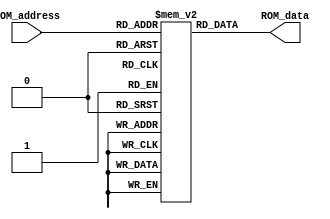
`timescale 1ns / 1ps

module ROM(ROM_address,
			  ROM_data
    );

input [7:0] ROM_address;
output [7:0] ROM_data;

reg [7:0] Cel [255:0];

	initial begin
		
	/*	Cel[0] = 8'b00000000;    //NOP
		
		Cel[1] = 8'b00000001;  //  Load AC
		
		Cel[2] = 8'b00000000;  //Address first
		Cel[3] = 8'b00000000;  // Address second
		
		Cel[4] = 8'b10010001;
		Cel[5] = 8'b00000000;
	   //Cel[5] = 8'b00000000;
		//Cel[6] = 8'b00000011;
		
//		Cel[8] = 8'b00001010;
		
	//	Cel[10] = 8'b00000111;
		//Cel[11] = 8'b0000101;	*/
		
		Cel[0] = 8'b00000000;
// Calculate Image Full Size
Cel[1] = 8'b00000001;
Cel[2] = 8'b00000000;
Cel[3] = 8'b00001101;
Cel[4] = 8'b10010001;
Cel[5] = 8'b00000100;
Cel[6] = 8'b00000001;
Cel[7] = 8'b00000000;
Cel[8] = 8'b00001110;
Cel[9] = 8'b00001101;
Cel[10] = 8'b00000010;
Cel[11] = 8'b00000000;
Cel[12] = 8'b00000000;
//Image Processing Start
Cel[13] = 8'b00000001;
Cel[14] = 8'b00000000;
Cel[15] = 8'b00000011;
Cel[16] = 8'b00000010;
Cel[17] = 8'b00000000;
Cel[18] = 8'b00000100;
Cel[19] = 8'b00000010;
Cel[20] = 8'b00000000;
Cel[21] = 8'b00000101;
Cel[22] = 8'b00000001;
Cel[23] = 8'b00000000;
Cel[24] = 8'b00001001;
Cel[25] = 8'b00000100;
Cel[26] = 8'b00000001;
Cel[27] = 8'b00000000;
Cel[28] = 8'b00000010;
Cel[29] = 8'b00000101;
Cel[30] = 8'b00000001;
Cel[31] = 8'b00000000;
Cel[32] = 8'b00000011;
Cel[33] = 8'b00001111;
Cel[34] = 8'b00001110;
Cel[35] = 8'b00000010;
Cel[36] = 8'b00000000;
Cel[37] = 8'b00000110;
Cel[38] = 8'b00000001;
Cel[39] = 8'b00000000;
Cel[40] = 8'b00000000;
Cel[41] = 8'b00000100;
Cel[42] = 8'b00000001;
Cel[43] = 8'b00000000;
Cel[44] = 8'b00000011;
Cel[45] = 8'b00001101;
Cel[46] = 8'b00000010;
Cel[47] = 8'b00000000;
Cel[48] = 8'b00000111;
Cel[49] = 8'b00000001;
Cel[50] = 8'b00000000;
Cel[51] = 8'b00000001;
Cel[52] = 8'b00000100;
Cel[53] = 8'b00000001;
Cel[54] = 8'b00000000;
Cel[55] = 8'b00000111;
Cel[56] = 8'b00001110;
Cel[57] = 8'b00001110;
Cel[58] = 8'b00000010;
Cel[59] = 8'b00000000;
Cel[60] = 8'b00001000;

//Start Of First Loop

Cel[61] = 8'b00001000;
Cel[62] = 8'b00000000;
Cel[63] = 8'b00000101;
Cel[64] = 8'b00001010;
Cel[65] = 8'b00000100;
Cel[66] = 8'b00000001;
Cel[67] = 8'b00000000;
Cel[68] = 8'b00000101;
Cel[69] = 8'b00001100;
Cel[70] = 8'b00000010;
Cel[71] = 8'b00000000;
Cel[72] = 8'b00000101;
Cel[73] = 8'b00001000;
Cel[74] = 8'b00000000;
Cel[75] = 8'b00000101;
Cel[76] = 8'b00001011;
Cel[77] = 8'b00001101;
Cel[78] = 8'b00000100;
Cel[79] = 8'b00000001;
Cel[80] = 8'b00000000;
Cel[81] = 8'b00000101;
Cel[82] = 8'b00001100;
Cel[83] = 8'b00000010;
Cel[84] = 8'b00000000;
Cel[85] = 8'b00000101;
Cel[86] = 8'b00001000;
Cel[87] = 8'b00000000;
Cel[88] = 8'b00000101;
Cel[89] = 8'b00001010;
Cel[90] = 8'b00001101;
Cel[91] = 8'b00001001;
Cel[92] = 8'b00000000;
Cel[93] = 8'b00000100;
Cel[94] = 8'b00000001;
Cel[95] = 8'b00000000;
Cel[96] = 8'b00000100;
Cel[97] = 8'b00001100;
Cel[98] = 8'b00000010;
Cel[99] = 8'b00000000;
Cel[100] = 8'b00000100;
Cel[101] = 8'b00000010;
Cel[102] = 8'b00000000;
Cel[103] = 8'b00000101;
Cel[104] = 8'b00000100;
Cel[105] = 8'b00000001;
Cel[106] = 8'b00000000;
Cel[107] = 8'b00000110;
Cel[108] = 8'b00001110;
Cel[109] = 8'b00000111;
Cel[110] = 8'b00111101;
//ROW wise
Cel[111] = 8'b00000001;
Cel[112] = 8'b00000000;
Cel[113] = 8'b00000110;
Cel[114] = 8'b00001111;
Cel[115] = 8'b00000010;
Cel[116] = 8'b00000000;
Cel[117] = 8'b00000110;
Cel[118] = 8'b00000001;
Cel[119] = 8'b00000000;
Cel[120] = 8'b00000100;
Cel[121] = 8'b00001100;
Cel[122] = 8'b00001100;
Cel[123] = 8'b00000010;
Cel[124] = 8'b00000000;
Cel[125] = 8'b00000100;
Cel[126] = 8'b00000010;
Cel[127] = 8'b00000000;
Cel[128] = 8'b00000101;
Cel[129] = 8'b00000100;
Cel[130] = 8'b00000001;
Cel[131] = 8'b00000000;
Cel[132] = 8'b00000111;
Cel[133] = 8'b00001110;
Cel[134] = 8'b00000111;
Cel[135] = 8'b00111101;
/*************END of LOOP_1*******************************/
Cel[136] = 8'b00000001;
Cel[137] = 8'b00000000;
Cel[138] = 8'b00000011;
Cel[139] = 8'b00000010;
Cel[140] = 8'b00000000;
Cel[141] = 8'b00000100;
Cel[142] = 8'b00000010;
Cel[143] = 8'b00000000;
Cel[144] = 8'b00000101;
Cel[145] = 8'b00000001;
Cel[146] = 8'b00000000;
Cel[147] = 8'b00001001;
Cel[148] = 8'b00000100;
Cel[149] = 8'b00000001;
Cel[150] = 8'b00000000;
Cel[151] = 8'b00000010;
Cel[152] = 8'b00000101;
Cel[153] = 8'b00000001;
Cel[154] = 8'b00000000;
Cel[155] = 8'b00000011;
Cel[156] = 8'b00001111;
Cel[157] = 8'b00001110;
Cel[158] = 8'b00000010;
Cel[159] = 8'b00000000;
Cel[160] = 8'b00000110;
/**********Start of LOOP_2******************/
Cel[161] = 8'b00001000;
Cel[162] = 8'b00000000;
Cel[163] = 8'b00000101;
Cel[164] = 8'b00001010;
Cel[165] = 8'b00000100;
Cel[166] = 8'b00000001;
Cel[167] = 8'b00000000;
Cel[168] = 8'b00000101;
Cel[169] = 8'b00001111;
Cel[170] = 8'b00000010;
Cel[171] = 8'b00000000;
Cel[172] = 8'b00000101;
Cel[173] = 8'b00001000;
Cel[174] = 8'b00000000;
Cel[175] = 8'b00000101;
Cel[176] = 8'b00001011;
Cel[177] = 8'b00001101;
Cel[178] = 8'b00000100;
Cel[179] = 8'b00000001;
Cel[180] = 8'b00000000;
Cel[181] = 8'b00000101;
Cel[182] = 8'b00001111;
Cel[183] = 8'b00000010;
Cel[184] = 8'b00000000;
Cel[185] = 8'b00000101;
Cel[186] = 8'b00001000;
Cel[187] = 8'b00000000;
Cel[188] = 8'b00000101;
Cel[189] = 8'b00001010;
Cel[190] = 8'b00001101;
Cel[191] = 8'b00001001;
Cel[192] = 8'b00000000;
Cel[193] = 8'b00000100;
Cel[194] = 8'b00000001;
Cel[195] = 8'b00000000;
Cel[196] = 8'b00000100;
Cel[197] = 8'b00001100;
Cel[198] = 8'b00000010;
Cel[199] = 8'b00000000;
Cel[200] = 8'b00000100;
Cel[201] = 8'b00000010;
Cel[202] = 8'b00000000;
Cel[203] = 8'b00000101;
Cel[204] = 8'b00000100;
Cel[205] = 8'b00000001;
Cel[206] = 8'b00000000;
Cel[207] = 8'b00001000;
Cel[208] = 8'b00001110;
Cel[209] = 8'b00000111;
Cel[210] = 8'b10100001;
// Store Image Start Here
Cel[211] = 8'b00000001;
Cel[212] = 8'b00000000;
Cel[213] = 8'b00000111;
Cel[214] = 8'b00001111;
Cel[215] = 8'b00000010;
Cel[216] = 8'b00000000;
Cel[217] = 8'b00001010;
Cel[218] = 8'b00000010;
Cel[219] = 8'b00000000;
Cel[220] = 8'b00001011;
Cel[221] = 8'b00000001;
Cel[222] = 8'b00000000;
Cel[223] = 8'b00000011;
Cel[224] = 8'b00000010;
Cel[225] = 8'b00000000;
Cel[226] = 8'b00000100;
Cel[227] = 8'b00000010;
Cel[228] = 8'b00000000;
Cel[229] = 8'b00000101;
Cel[230] = 8'b00000001;
Cel[231] = 8'b00000000;
Cel[232] = 8'b00001001;
Cel[233] = 8'b00001011;
Cel[234] = 8'b00000100;
Cel[235] = 8'b00000001;
Cel[236] = 8'b00000000;
Cel[237] = 8'b00000011;
Cel[238] = 8'b00001111;
Cel[239] = 8'b00001110;
Cel[240] = 8'b00000010;
Cel[241] = 8'b00000000;
Cel[242] = 8'b00000110;
		//End of Process
		Cel[243] = 8'b10101010;

	end
	
assign ROM_data =Cel[ROM_address];

endmodule